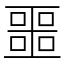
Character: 噩